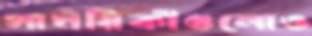
সাময়িকীগুলোও